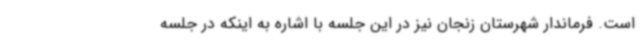
است. فرماندار شهرستان زنجان نیز در این جلسه با اشاره به اینکه در جلسه